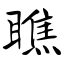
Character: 瞧